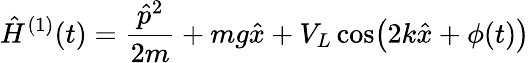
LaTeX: \hat{H}^{(1)}(t)=\frac{\hat{p}^{2}}{2m}+mg\hat{x}+V_{L}\cos\bigl(2k\hat{x}+\phi(t)\bigr)